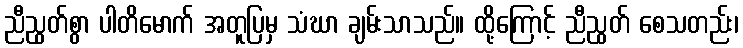
ညီညွတ်စွာ ပါတိမောက် အတူပြမှ သံဃာ ချမ်းသာသည်။ ထို့ကြောင့် ညီညွတ် စေသတည်း၊